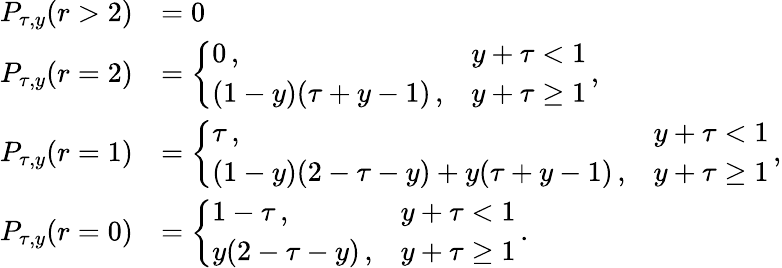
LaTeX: \begin{array}{rl}{P_{\tau,y}(r>2)}&{=0}\\ {P_{\tau,y}(r=2)}&{=\left\{ \begin{array}{ll}{0\, ,}&{y+\tau<1}\\ {(1-y)(\tau+y-1)\, ,}&{y+\tau\geq 1}\end{array}\right.\, ,}\\ {P_{\tau,y}(r=1)}&{=\left\{ \begin{array}{ll}{\tau\, ,}&{y+\tau<1}\\ {(1-y)(2-\tau-y)+y(\tau+y-1)\, ,}&{y+\tau\geq 1}\end{array}\right.\, ,}\\ {P_{\tau,y}(r=0)}&{=\left\{ \begin{array}{ll}{1-\tau\, ,}&{y+\tau<1}\\ {y(2-\tau-y)\, ,}&{y+\tau\geq 1}\end{array}\right.\, .}\end{array}